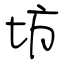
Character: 坊